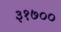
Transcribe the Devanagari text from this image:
३१७००